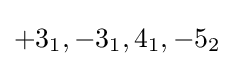
+3_{1},-3_{1},4_{1},-5_{2}